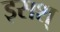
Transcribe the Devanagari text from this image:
इसश्